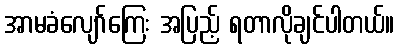
အာမခံလျော်ကြေး အပြည့် ရတာလိုချင်ပါတယ်။